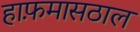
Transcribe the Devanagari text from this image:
हाफ़मासठाल